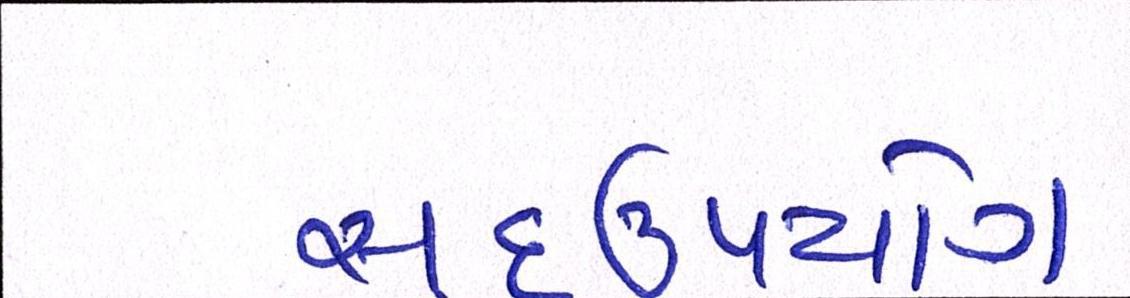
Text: સદ્ઉપયોગ